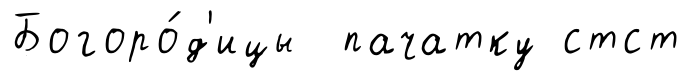
Богоро́д'ицы пачатку стст